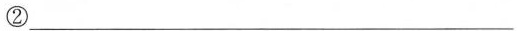
②___